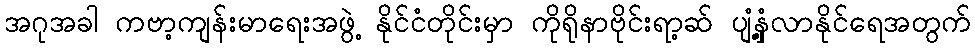
အဂုအခါ ကဗာ့ကျန်းမာရေးအဖွဲ့ နိုင်ငံတိုင်းမှာ ကိုရိုနာဗိုင်းရာ့ဆ် ပျံ့နှံ့လာနိုင်ရေအတွက်